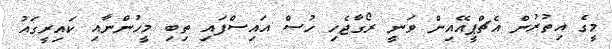
މީގެ އިތުރުން އެޗްޕީއޭއިން ވަނީ ރޯގާޖެހި ހުސް އައިސްފައި ތިބި މީހުންނާއި ކައިރީގައު